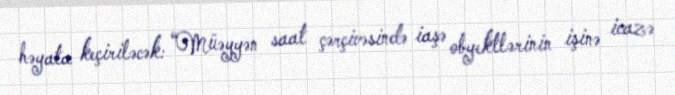
həyata keçiriləcək: “Müəyyən saat çərçivəsində iaşə obyektlərinin işinə icazə